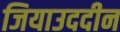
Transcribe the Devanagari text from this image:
जियाउददीन